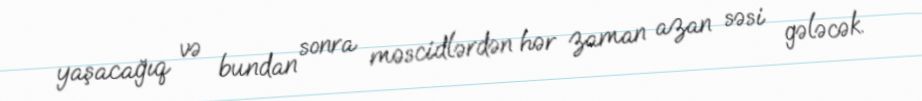
yaşacağıq və bundan sonra məscidlərdən hər zaman azan səsi gələcək.